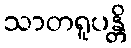
သာတရူပန္တိ